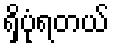
ရှိပုံရတယ်